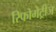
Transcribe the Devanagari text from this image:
रिफोमेट्रीज